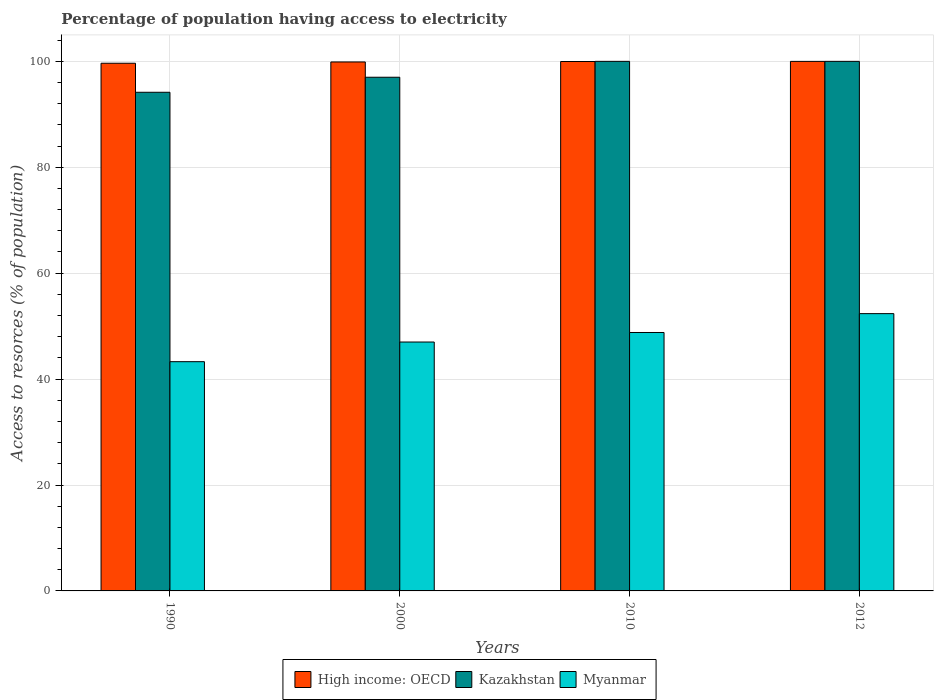
| Years | High income: OECD | Kazakhstan | Myanmar |
 | --- | --- | --- | --- |
 | 1990 | 99.6 | 94.2 | 43.3 |
 | 2000 | 99.9 | 97 | 47 |
 | 2010 | 100 | 100 | 48.8 |
 | 2012 | 100 | 100 | 52.4 |